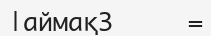
|аймақ3     =